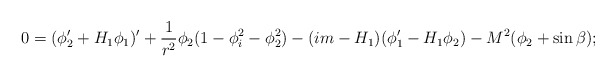
\begin{align*}0=(\phi_2^{\prime}+H_1\phi_1)^{\prime}+\frac{1}{r^2}\phi_2(1-\phi_i^2-\phi_2^2)-(im-H_1)(\phi_1^{\prime}-H_1\phi_2)-M^2(\phi_2+\sin \beta );\end{align*}